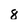
Character: 8